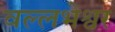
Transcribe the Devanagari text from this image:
वल्लभेश्वर